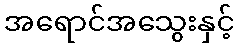
အရောင်အသွေးနှင့်